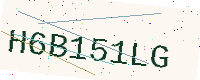
Text: H6B151LG